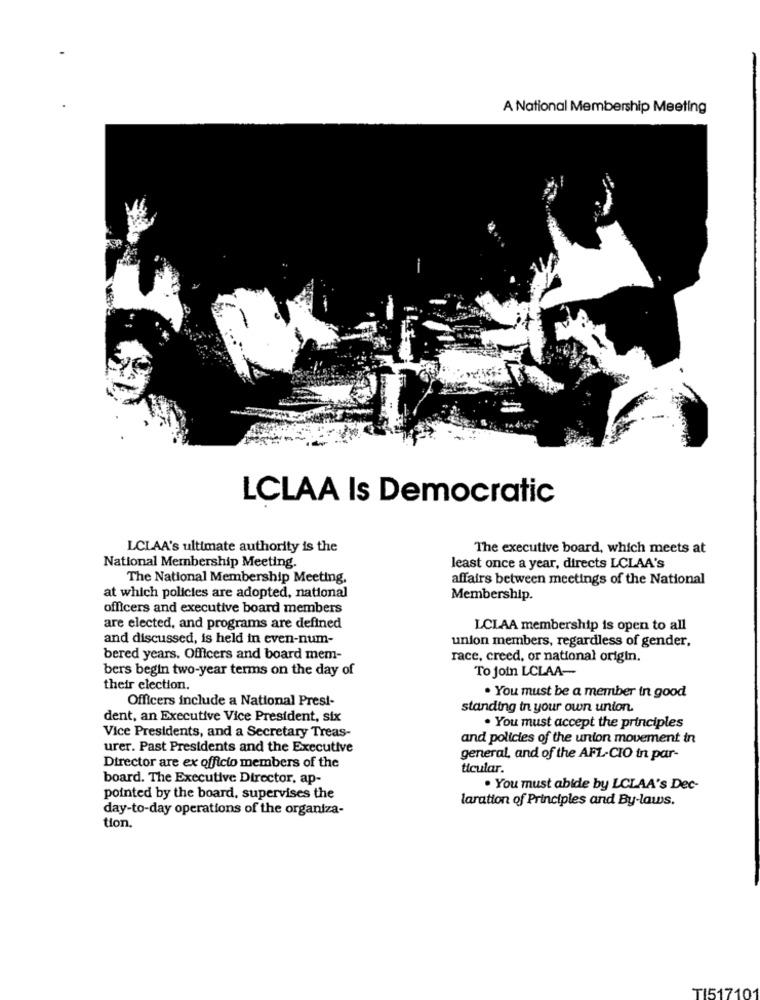
A National Membership Meeting
LCLAA Is Democratic
LCLAA's ultimate authority is the
The executive board, which meets at
National Membership Meeting.
least once a year, directs LCLAA's
The National Membership Meeting.
affairs between meetings of the National
at which policies are adopted, national
Membership.
officers and executive board members
are elected, and programs are defined
LCLAA membership is open to all
and discussed, is held in even-num-
union members, regardless of gender,
bered years. Officers and board mem-
race, creed, or national origin.
bers begin two-year terms on the day of
To join LCLAA-
their election.
Officers include a National Presi-
. You must be a member in good
standing in your own union.
dent, an Executive Vice President, six
Vice Presidents, and a Secretary Treas-
. You must accept the principles
and policies of the union movement in
urer. Past Presidents and the Executive
general, and of the AFL-CIO in par-
Director are ex officio members of the
ticular.
board. The Executive Director, ap-
· You must abide by LCLAA's Dec-
pointed by the board, supervises the
laration of Principles and By-laws.
day-to-day operations of the organiza-
tion.
TI51710